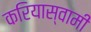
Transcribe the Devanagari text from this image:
करियास्वामी